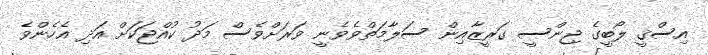
އިސްޤީ ލޯބީގެ ޖިންސީ ގަރީޒާއިން ސަލާމަތްވެވެނީ ވަރަށްވެސް މަދު ކުއްޖަކަށް އަދި އެހެންވެ